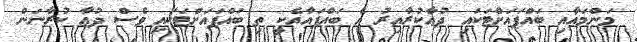
މަންމައާއި ބައްޕައަށްޓަކައި ދުޢާކުރާއިރު އެ ބައްޕައާއެކީ ތި ބައްޕައަށްޓަކައި ވެސް ދުޢާ ކުރާނަން